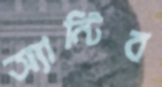
অ্যান্টিব